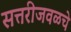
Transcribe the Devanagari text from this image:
सत्तरीजवळचे